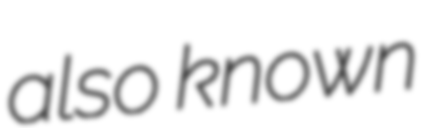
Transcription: also known